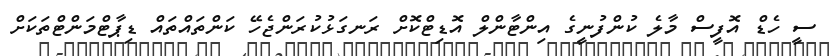
ސީ ހެޑް އޮފީސް މާލެ ކުންފުނީގެ އިންޓާންލް އޮޑިޓްކޮށް ރަނގަޅުކުރަންޖެހޭ ކަންތައްތައް ޑިޕާޓްމަންޓްތަކަށް